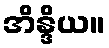
အိန္ဒိယ။